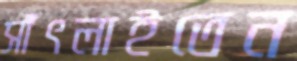
সাঁৎলাইতেন